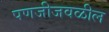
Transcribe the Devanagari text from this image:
पणजीजवळील